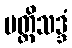
ပတ္တိသဒ္ဒံ